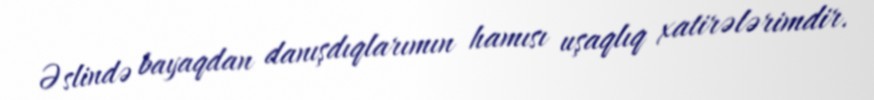
Əslində bayaqdan danışdıqlarımın hamısı uşaqlıq xatirələrimdir.